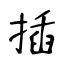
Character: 插